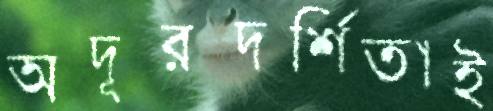
অদূরদর্শিতাই